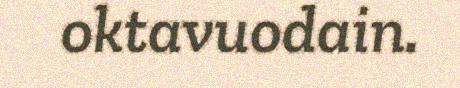
oktavuodain.